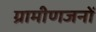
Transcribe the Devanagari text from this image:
ग्रामीणजनों